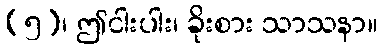
(၅)၊ ဤငါးပါး၊ ခိုးစား သာသနာ။